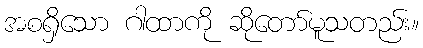
အစရှိသော ဂါထာကို ဆိုတော်မူသတည်း။